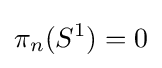
\pi _{n}(S^{1})=0